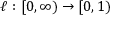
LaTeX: \ell : [ 0 , \infty ) \to [ 0 , 1 )